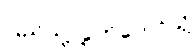
ပြည်သူ့လွှတ်တော်သို့